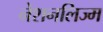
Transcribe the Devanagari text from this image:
नेशनलिज्म